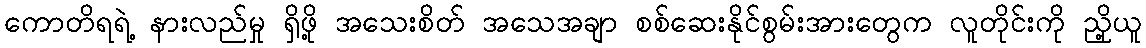
ကောတိရရဲ့ နားလည်မှု ရှိဖို့ အသေးစိတ် အသေအချာ စစ်ဆေးနိုင်စွမ်းအားတွေက လူတိုင်းကို ညှို့ယူ